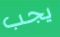
يجب